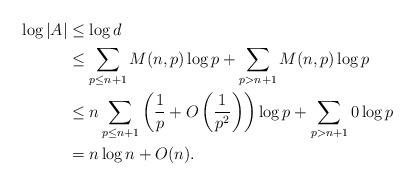
LaTeX: \begin{align*}\log |A| & \leq \log d \\& \leq \sum_{ p \leq n + 1} M(n,p) \log p + \sum_{ p > n+1} M(n,p) \log p \\& \leq n \sum_{ p \leq n + 1} \left( \frac{1}{p} + O\left(\frac{1}{p^2} \right) \right) \log p + \sum_{ p > n+1} 0 \log p \\&= n \log n + O(n).\end{align*}